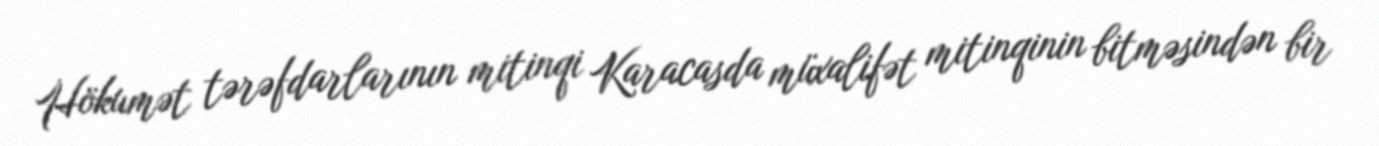
Hökumət tərəfdarlarının mitinqi Karacasda müxalifət mitinqinin bitməsindən bir